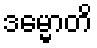
ဒမ္မောတိ